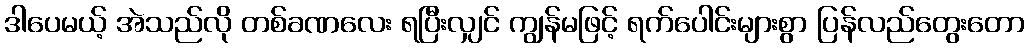
ဒါပေမယ့် အဲသည်လို တစ်ခဏလေး ရပြီးလျှင် ကျွန်မဖြင့် ရက်ပေါင်းများစွာ ပြန်လည်တွေးတော